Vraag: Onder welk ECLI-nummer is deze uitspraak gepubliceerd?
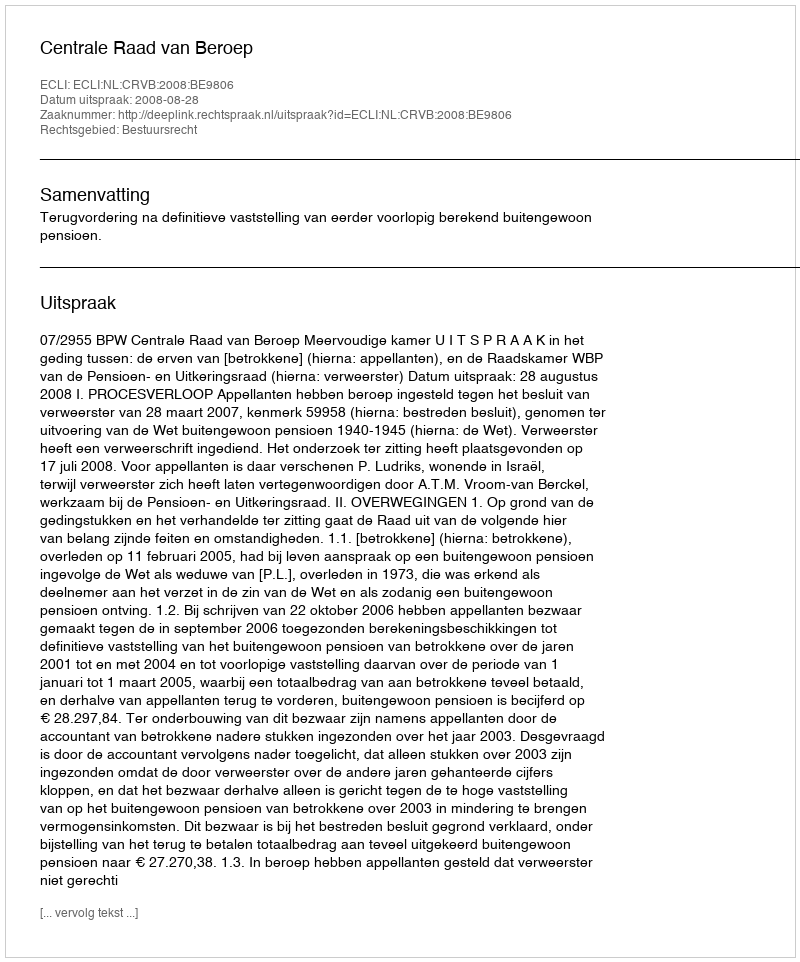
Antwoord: ECLI:NL:CRVB:2008:BE9806